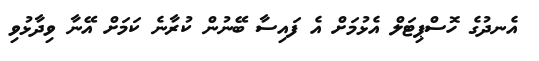
އެނދުގެ ހޮސްޕިޓަލް އެޅުމަށް އެ ފައިސާ ބޭނުން ކުރާނެ ކަމަށް އޭނާ ވިދާޅުވި